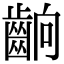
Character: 𮯄